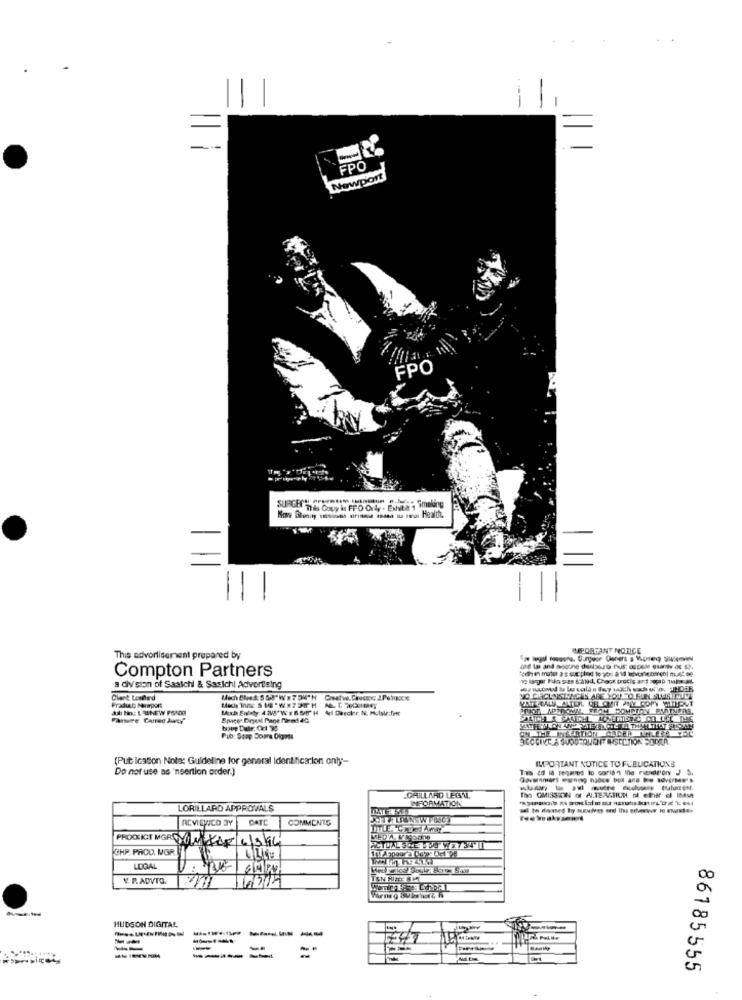
--
FPd
Newport
FPO
IMPORTANT NOTICE
This advertisement prepared by
Compton Partners
a division of Saatchi & Sasichi Advertising
Clent Loaded
Pradust Menrport
Cheatwe. Ciocc J Petucce
til lin: L WINEW FONDO
Fansare Carried Anty'
Space: Digest Pane narod 4G
Pub; Soap Doara Digoss
(Publication Nota: Guideline for general Identificarion only-
IMPORTANT NOTICE TO FUBUICATIONS
Do not use as "nsertion order.)
Tais id id requies lo coris " lhe randrory J S.
--------
CHILLAHO LEGAL
INFORMATION
LORILLARD APPROVALS
REVI OWNCO BY
DATE
COMMENTS
PROCEICT MGR DONKER 61396
GHP. PROD. MGR.
LOQAL
V P.ADVTO.
TAN HACE NM
HUDSON DIGITAL
---
86185555